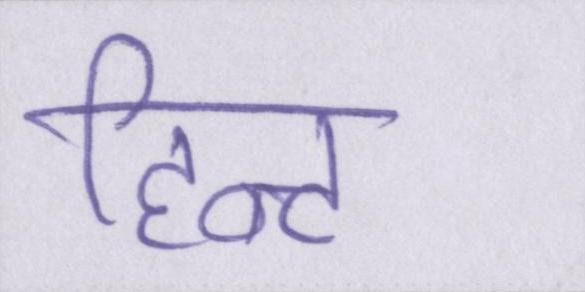
हिन्ट